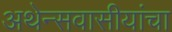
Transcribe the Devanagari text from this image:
अथेन्सवासीयांचा